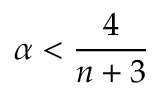
\alpha < \frac { 4 } { n + 3 }